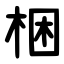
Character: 梱